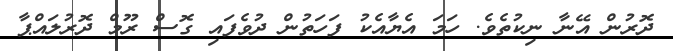
ދޮރުން އޭނާ ނިކުތެވެ. ހަމަ އެޔާއެކު ފަހަތުން ދުވެފައި ގޮސް ރޫމް ދޮރުލައްޕާ